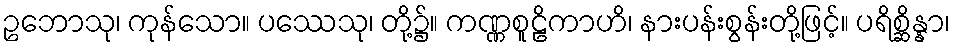
ဥဘောသု၊ ကုန်သော။ ပဿေသု၊ တို့၌။ ကဏ္ဏစူဠိကာဟိ၊ နားပန်းစွန်းတို့ဖြင့်။ ပရိစ္ဆိန္နာ၊